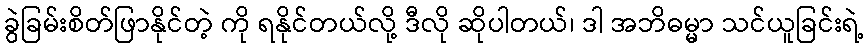
ခွဲခြမ်းစိတ်ဖြာနိုင်တဲ့ ကို ရနိုင်တယ်လို့ ဒီလို ဆိုပါတယ်၊ ဒါ အဘိဓမ္မာ သင်ယူခြင်းရဲ့